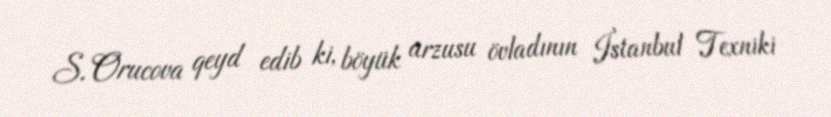
S. Orucova qeyd edib ki, böyük arzusu övladının İstanbul Texniki